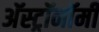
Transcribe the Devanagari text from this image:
अॅस्ट्रॉनॉमी